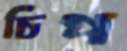
চিপ